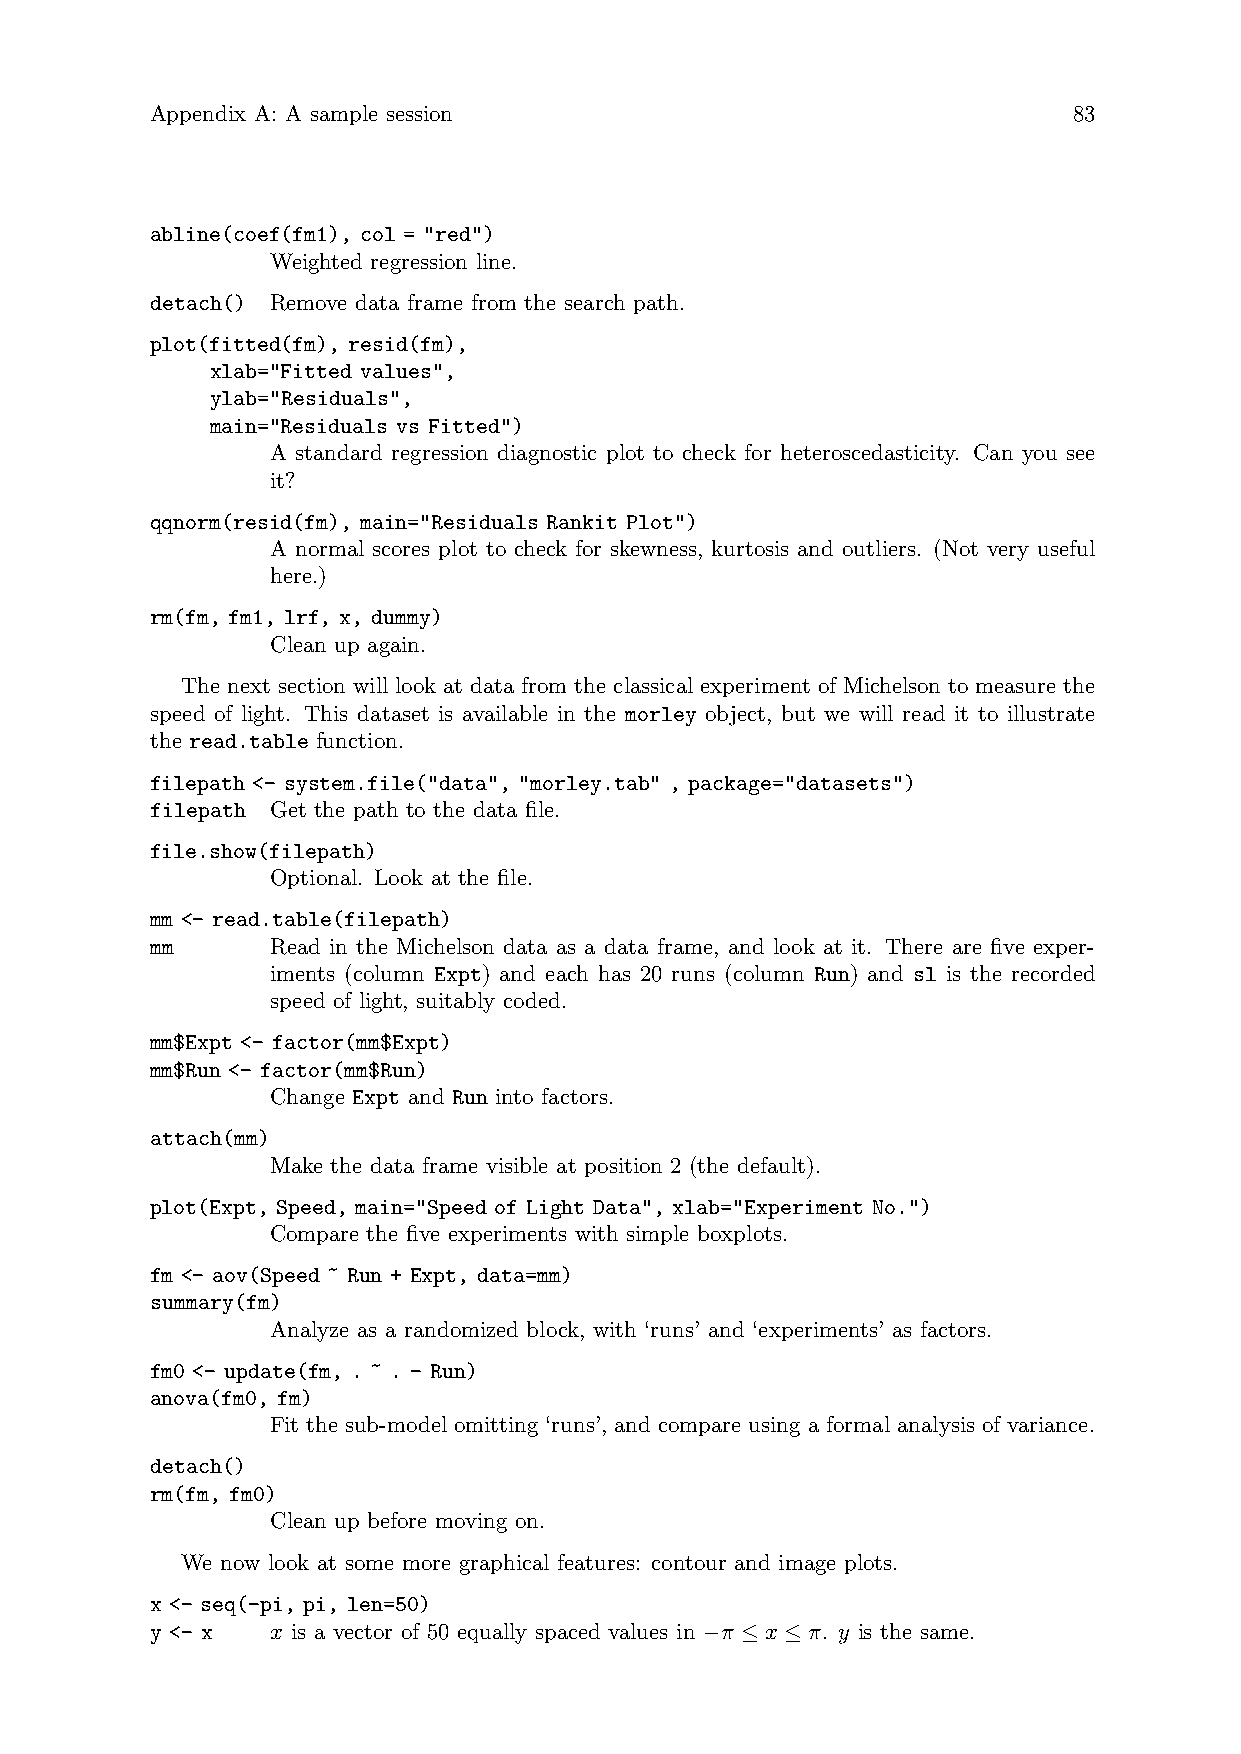
Appendix A: A sample session                                 83
 abline(coef(fm1), col = "red")
 Weighted regression line.
 detach() Remove data frame from the search path.
 plot(fitted(fm), resid(fm),
 xlab="Fitted values",
 ylab="Residuals",
 main="Residuals vs Fitted")
 A standard regression diagnostic plot to check for heteroscedasticity. Can you see
 it?
 qqnorm(resid(fm), main="Residuals Rankit Plot")
 A normal scores plot to check for skewness, kurtosis and outliers. (Not very useful
 here.)
 rm(fm, fm1, lrf, x, dummy)
 Clean up again.
 The next section will look at data from the classical experiment of Michelson to measure the
 speed of light. This dataset is available in the morley object, but we will read it to illustrate
 the read.table function.
 filepath <- system.file("data", "morley.tab" , package="datasets")
 filepath Get the path to the data file.
 file.show(filepath)
 Optional. Look at the file.
 mm <- read.table(filepath)
 mm      Read in the Michelson data as a data frame, and look at it. There are five exper-
 iments (column Expt) and each has 20 runs (column Run) and sl is the recorded
 speed of light, suitably coded.
 mm$Expt <- factor(mm$Expt)
 mm$Run <- factor(mm$Run)
 Change Expt and Run into factors.
 attach(mm)
 Make the data frame visible at position 2 (the default).
 plot(Expt, Speed, main="Speed of Light Data", xlab="Experiment No.")
 Compare the five experiments with simple boxplots.
 fm <- aov(Speed ~ Run + Expt, data=mm)
 summary(fm)
 Analyze as a randomized block, with ‘runs’ and ‘experiments’ as factors.
 fm0 <- update(fm, . ~ . - Run)
 anova(fm0, fm)
 Fit the sub-model omitting ‘runs’, and compare using a formal analysis of variance.
 detach()
 rm(fm, fm0)
 Clean up before moving on.
 We now look at some more graphical features: contour and image plots.
 x <- seq(-pi, pi, len=50)
 y <- x  x is a vector of 50 equally spaced values in −π ≤ x ≤ π. y is the same.